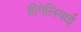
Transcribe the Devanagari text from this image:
हीगेलियाई